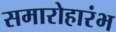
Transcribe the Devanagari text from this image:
समारोहारंभ